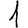
Digit: 1